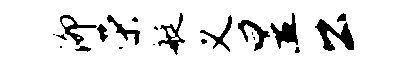
泖荣艇义昱公